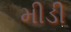
મીડી